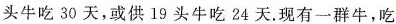
头牛吃 30 天，或供 19 头牛吃24 天. 现有一群牛，吃